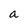
Character: a